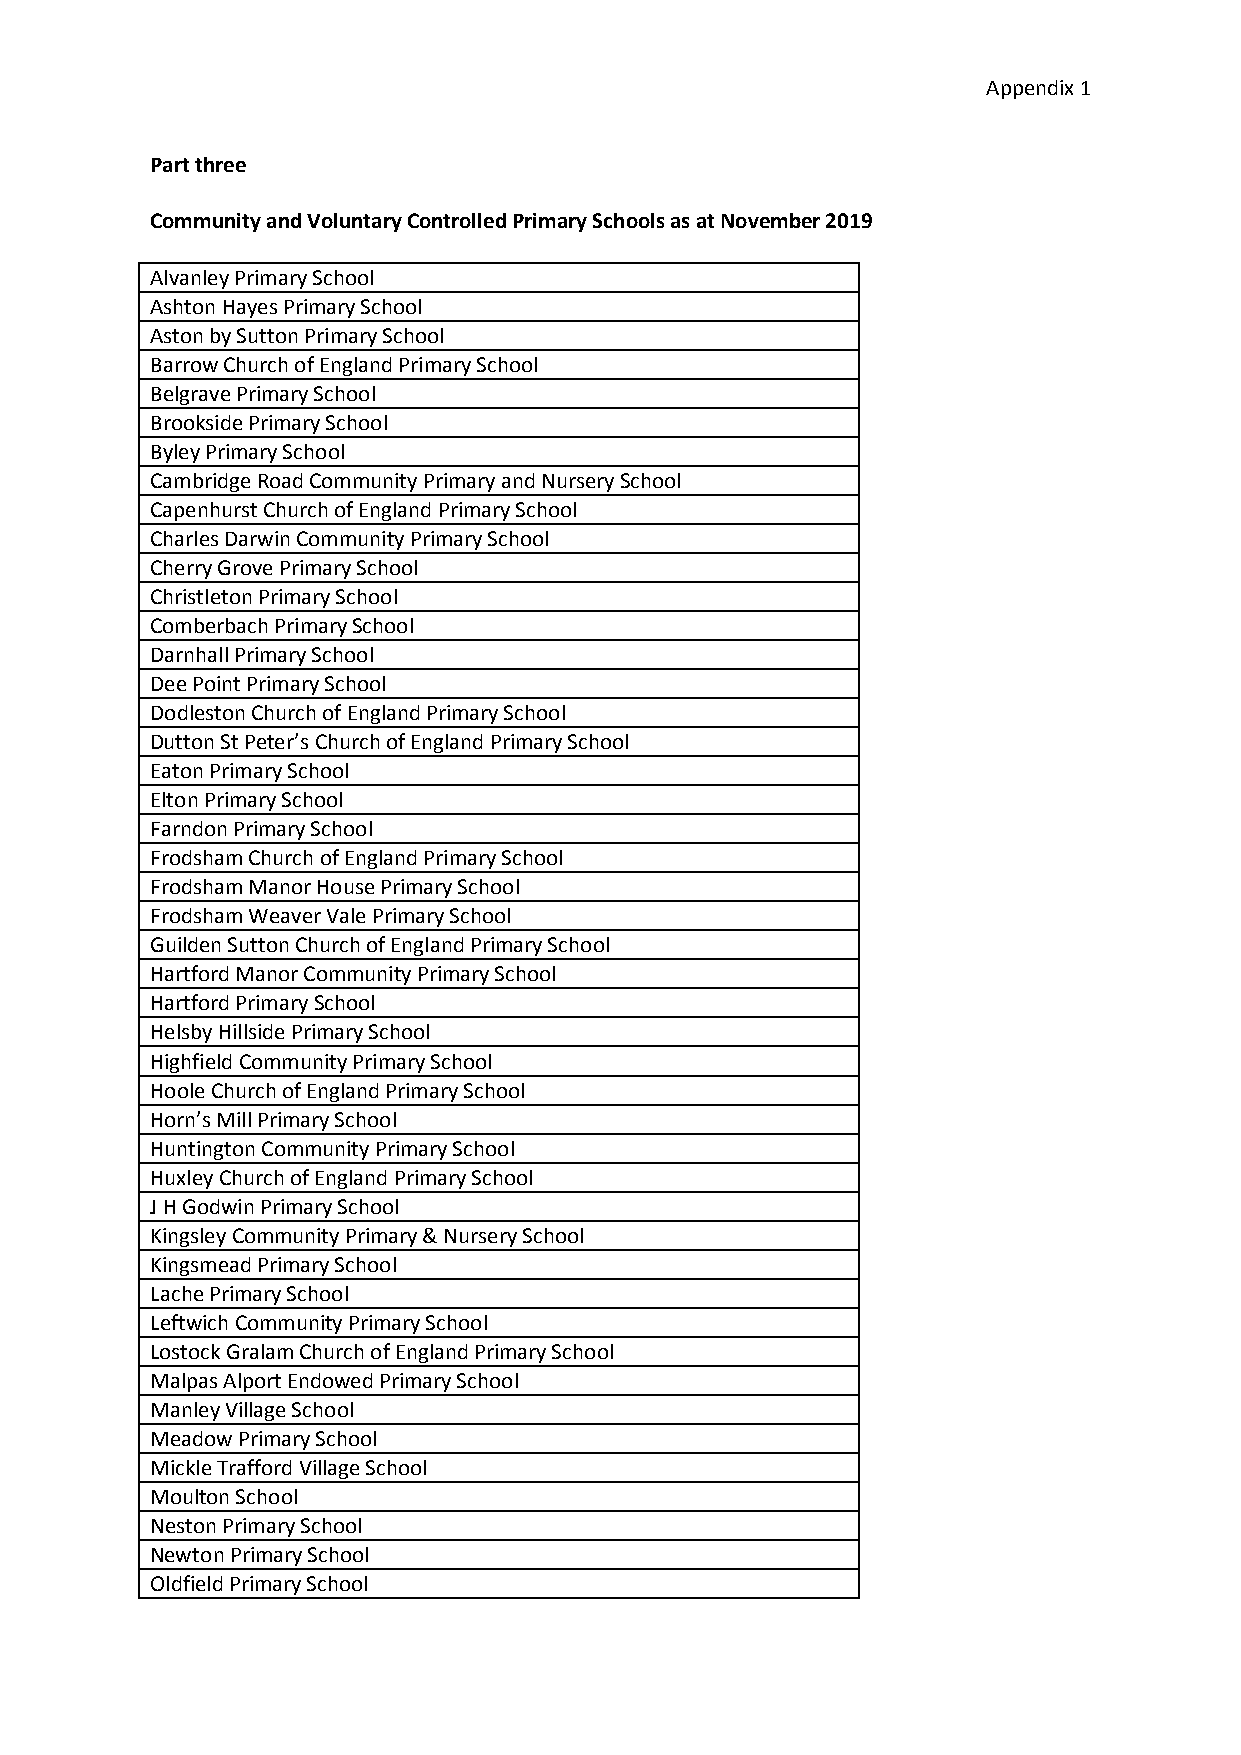
Appendix 1
 Part three
 Community and Voluntary Controlled Primary Schools as at November 2019
 Alvanley Primary School
 Ashton Hayes Primary School
 Aston by Sutton Primary School
 Barrow Church of England Primary School
 Belgrave Primary School
 Brookside Primary School
 Byley Primary School
 Cambridge Road Community Primary and Nursery School
 Capenhurst Church of England Primary School
 Charles Darwin Community Primary School
 Cherry Grove Primary School
 Christleton Primary School
 Comberbach Primary School
 Darnhall Primary School
 Dee Point Primary School
 Dodleston Church of England Primary School
 Dutton St Peter’s Church of England Primary School
 Eaton Primary School
 Elton Primary School
 Farndon Primary School
 Frodsham Church of England Primary School
 Frodsham Manor House Primary School
 Frodsham Weaver Vale Primary School
 Guilden Sutton Church of England Primary School
 Hartford Manor Community Primary School
 Hartford Primary School
 Helsby Hillside Primary School
 Highfield Community Primary School
 Hoole Church of England Primary School
 Horn’s Mill Primary School
 Huntington Community Primary School
 Huxley Church of England Primary School
 J H Godwin Primary School
 Kingsley Community Primary & Nursery School
 Kingsmead Primary School
 Lache Primary School
 Leftwich Community Primary School
 Lostock Gralam Church of England Primary School
 Malpas Alport Endowed Primary School
 Manley Village School
 Meadow Primary School
 Mickle Trafford Village School
 Moulton School
 Neston Primary School
 Newton Primary School
 Oldfield Primary School